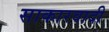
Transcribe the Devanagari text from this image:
साकारवादी